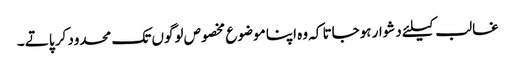
غالب کیلئے دشوار ہوجاتا کہ وہ اپنا موضوع مخصوص لوگوں تک محدود کر پاتے ۔